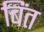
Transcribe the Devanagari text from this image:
बिंत